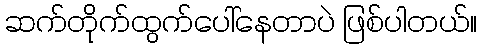
ဆက်တိုက်ထွက်ပေါ်နေတာပဲ ဖြစ်ပါတယ်။